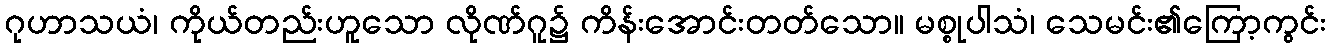
ဂုဟာသယံ၊ ကိုယ်တည်းဟူသော လိုဏ်ဂူ၌ ကိန်းအောင်းတတ်သော။ မစ္စုပါသံ၊ သေမင်း၏ကြော့ကွင်း